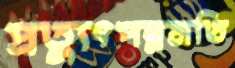
প্রত্যুৎপন্নমতি